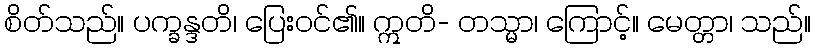
စိတ်သည်။ ပက္ခန္ဒတိ၊ ပြေးဝင်၏။ ဣတိ- တသ္မာ၊ ကြောင့်။ မေတ္တာ၊ သည်။